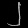
Digit: ၂